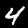
Digit: 4